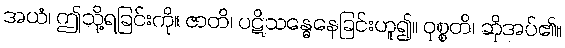
အယံ၊ ဤသို့ရခြင်းကို။ ဇာတိ၊ ပဋိသန္ဓေနေခြင်းဟူ၍။ ဝုစ္စတိ၊ ဆိုအပ်၏။